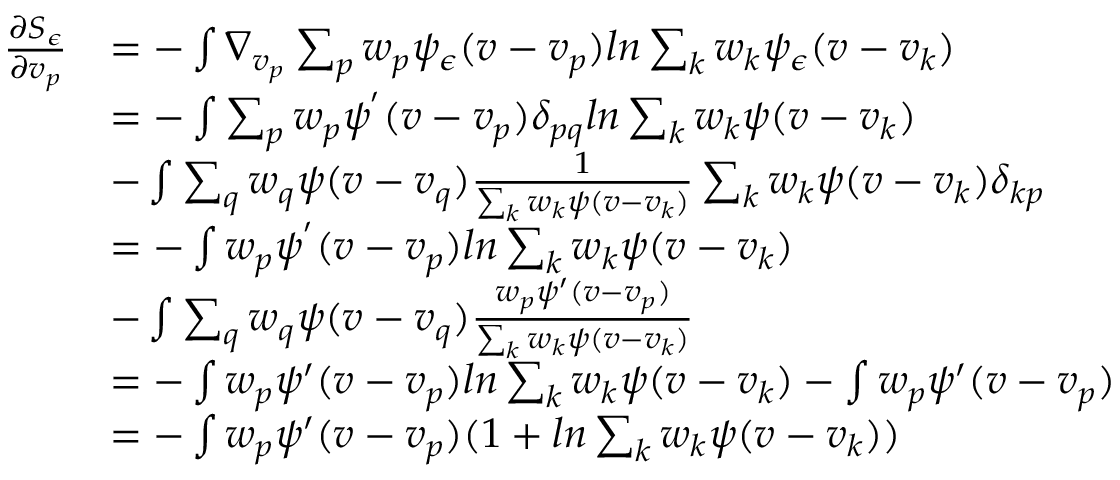
\begin{array} { r l r l } { \frac { \partial S _ { \epsilon } } { \partial v _ { p } } } & { = - \int \nabla _ { v _ { p } } \sum _ { p } w _ { p } \psi _ { \epsilon } ( v - v _ { p } ) l n \sum _ { k } w _ { k } \psi _ { \epsilon } ( v - v _ { k } ) } & & { } \\ & { = - \int \sum _ { p } w _ { p } \psi ^ { ' } ( v - v _ { p } ) \delta _ { p q } l n \sum _ { k } w _ { k } \psi ( v - v _ { k } ) } & & { } \\ & { - \int \sum _ { q } w _ { q } \psi ( v - v _ { q } ) \frac { 1 } { \sum _ { k } w _ { k } \psi ( v - v _ { k } ) } \sum _ { k } w _ { k } \psi ( v - v _ { k } ) \delta _ { k p } } & & { } \\ & { = - \int w _ { p } \psi ^ { ' } ( v - v _ { p } ) l n \sum _ { k } w _ { k } \psi ( v - v _ { k } ) } & & { } \\ & { - \int \sum _ { q } w _ { q } \psi ( v - v _ { q } ) \frac { w _ { p } \psi ^ { \prime } ( v - v _ { p } ) } { \sum _ { k } w _ { k } \psi ( v - v _ { k } ) } } & & { } \\ & { = - \int w _ { p } \psi ^ { \prime } ( v - v _ { p } ) l n \sum _ { k } w _ { k } \psi ( v - v _ { k } ) - \int w _ { p } \psi ^ { \prime } ( v - v _ { p } ) } & & { } \\ & { = - \int w _ { p } \psi ^ { \prime } ( v - v _ { p } ) ( 1 + l n \sum _ { k } w _ { k } \psi ( v - v _ { k } ) ) } \end{array}